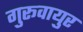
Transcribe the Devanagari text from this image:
गुरूवायुर